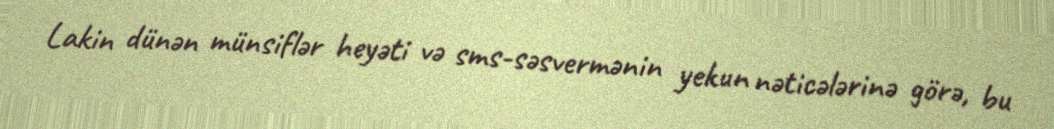
Lakin dünən münsiflər heyəti və sms-səsvermənin yekun nəticələrinə görə, bu